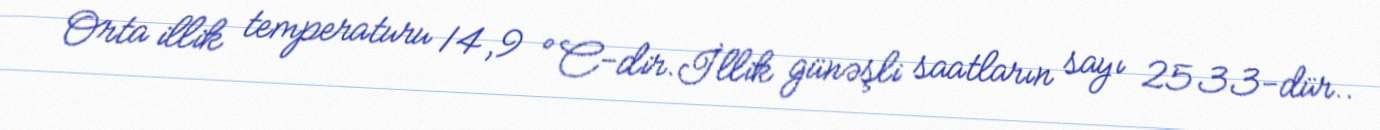
Orta illik temperaturu 14,9 °C-dir.İllik günəşli saatların sayı 2533-dür..